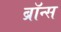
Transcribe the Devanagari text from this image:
ब्रॉन्‍स